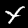
Label: 4